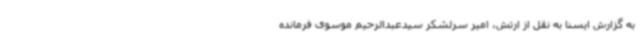
به گزارش ایسنا به نقل از ارتش، امیر سرلشکر سیدعبدالرحیم موسوی فرمانده